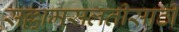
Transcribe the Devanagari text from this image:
सल्लामसलतीसाठी